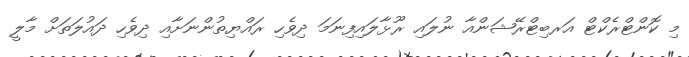
މި ކޮންޓްރެކްޓް އަރބިޓްރޭޝަންއާ ނުލައި ރޫޅާލައިފިނަމަ ދިވެހި ރައްޔިތުންނަށާއި ދިވެހި ދައުލަތަށް މާލީ